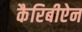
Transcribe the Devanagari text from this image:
कैरिबीऐन